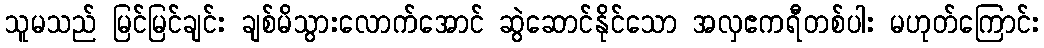
သူမသည် မြင်မြင်ချင်း ချစ်မိသွားလောက်အောင် ဆွဲဆောင်နိုင်သော အလှဧကရီတစ်ပါး မဟုတ်ကြောင်း